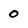
Character: 0